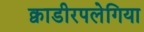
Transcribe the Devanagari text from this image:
क्वाडीरपलेगिया